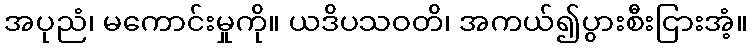
အပုညံ၊ မကောင်းမှုကို။ ယဒိပသဝတိ၊ အကယ်၍ပွားစီးငြားအံ့။